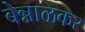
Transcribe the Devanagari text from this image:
बेन्नाळकर